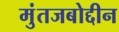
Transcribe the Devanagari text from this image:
मुंतजबोद्दीन